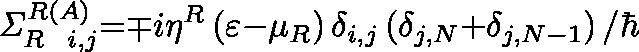
{ \mathit { \Sigma } } _ { R { \ } { \ } i , j } ^ { R \left( A \right) } { = } { \mp } i { \eta } ^ { R } \left( \varepsilon { - } { \mu } _ { R } \right) { \delta } _ { i , j } \left( { \delta } _ { j , N } { + } { \delta } _ { j , N { - } { 1 } } \right) { / } { \hbar }